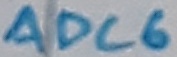
Text: ADC6